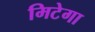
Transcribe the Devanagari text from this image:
मिटेगा